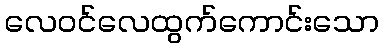
လေဝင်လေထွက်ကောင်းသော